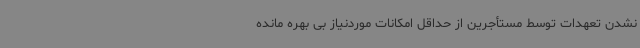
نشدن تعهدات توسط مستأجرین از حداقل امکانات موردنیاز بی بهره مانده